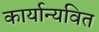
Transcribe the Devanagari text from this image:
कार्यान्यवित